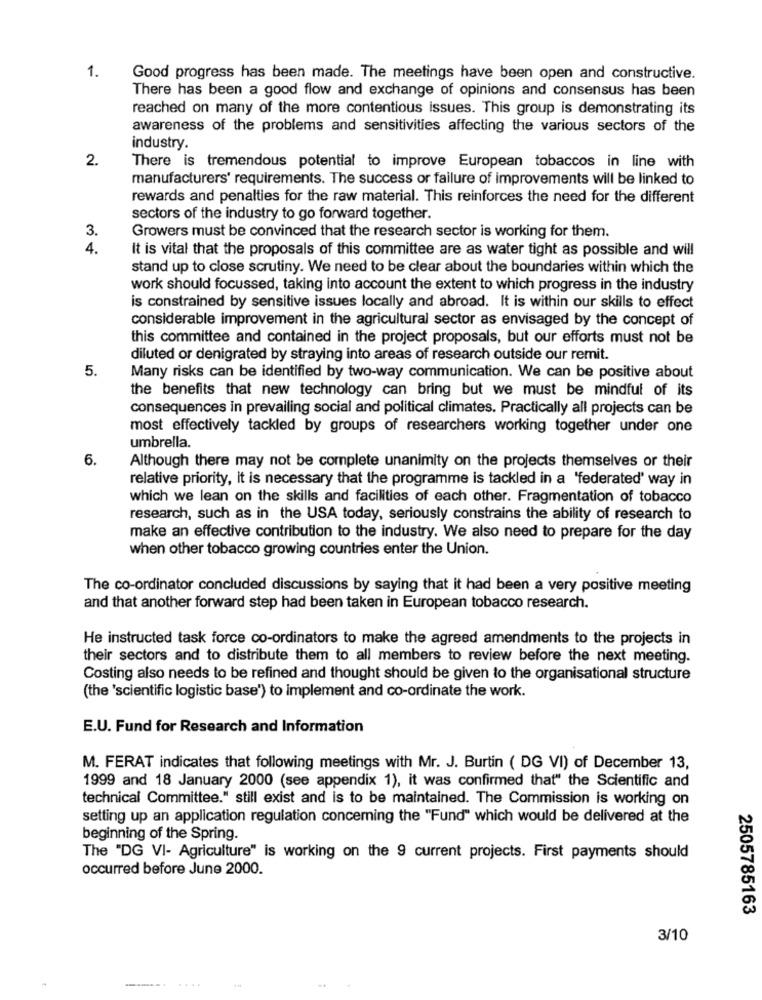
1.
Good progress has been made. The meetings have been open and constructive.
There has been a good flow and exchange of opinions and consensus has been
reached on many of the more contentious issues. This group is demonstrating its
awareness of the problems and sensitivities affecting the various sectors of the
industry.
2.
There is tremendous potential to improve European tobaccos in line with
manufacturers' requirements. The success or failure of improvements will be linked to
rewards and penalties for the raw material. This reinforces the need for the different
sectors of the industry to go forward together.
3.
Growers must be convinced that the research sector is working for them.
4.
It is vital that the proposals of this committee are as water tight as possible and will
stand up to close scrutiny. We need to be clear about the boundaries within which the
work should focussed, taking into account the extent to which progress in the industry
is constrained by sensitive issues locally and abroad. It is within our skills to effect
considerable improvement in the agricultural sector as envisaged by the concept of
this committee and contained in the project proposals, but our efforts must not be
diluted or denigrated by straying into areas of research outside our remit.
5.
Many risks can be identified by two-way communication. We can be positive about
the benefits that new technology can bring but we must be mindful of its
consequences in prevailing social and political climates. Practically all projects can be
most effectively tackled by groups of researchers working together under one
umbrella.
6.
Although there may not be complete unanimity on the projects themselves or their
relative priority, it is necessary that the programme is tackled in a "federated' way in
which we lean on the skills and facilities of each other. Fragmentation of tobacco
research, such as in the USA today, seriously constrains the ability of research to
make an effective contribution to the industry. We also need to prepare for the day
when other tobacco growing countries enter the Union.
The co-ordinator concluded discussions by saying that it had been a very positive meeting
and that another forward step had been taken in European tobacco research.
He instructed task force co-ordinators to make the agreed amendments to the projects in
their sectors and to distribute them to all members to review before the next meeting.
Costing also needs to be refined and thought should be given to the organisational structure
(the 'scientific logistic base') to implement and co-ordinate the work.
E.U. Fund for Research and Information
M. FERAT indicates that following meetings with Mr. J. Burtin ( DG VI) of December 13,
1999 and 18 January 2000 (see appendix 1), it was confirmed that" the Scientific and
technical Committee." still exist and is to be maintained. The Commission is working on
setting up an application regulation concerning the "Fund" which would be delivered at the
beginning of the Spring.
The "DG VI- Agriculture" is working on the 9 current projects. First payments should
occurred before June 2000.
2505785163
3/10
------.
....